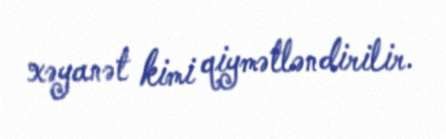
xəyanət kimi qiymətləndirilir.